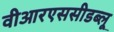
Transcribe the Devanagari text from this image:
वीआरएससीडब्लू